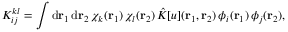
{ K } _ { i j } ^ { k l } = \int \mathrm { d } { \mathbf { r } _ { 1 } } \, \mathrm { d } { \mathbf { r } _ { 2 } } \, \chi _ { k } ( { \mathbf { r } _ { 1 } } ) \, \chi _ { l } ( { \mathbf { r } _ { 2 } } ) \, \hat { K } [ u ] ( { \mathbf { r } _ { 1 } } , { \mathbf { r } _ { 2 } } ) \, \phi _ { i } ( { \mathbf { r } _ { 1 } } ) \, \phi _ { j } ( { \mathbf { r } _ { 2 } } ) ,